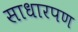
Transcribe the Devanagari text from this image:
साधारपण